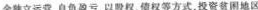
金独立运营、自负盈亏，以权。债权等方式，投资贫困地区